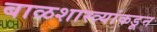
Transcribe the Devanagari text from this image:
बाळशास्त्र्यांकडून